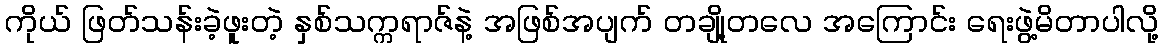
ကိုယ် ဖြတ်သန်းခဲ့ဖူးတဲ့ နှစ်သက္ကရာဇ်နဲ့ အဖြစ်အပျက် တချို့တလေ အကြောင်း ရေးဖွဲ့မိတာပါလို့